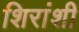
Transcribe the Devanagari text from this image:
शिरांशी